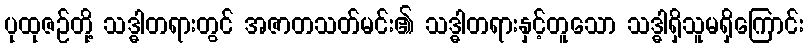
ပုထုဇဉ်တို့ သဒ္ဓါတရားတွင် အဇာတသတ်မင်း၏ သဒ္ဓါတရားနှင့်တူသော သဒ္ဓါရှိသူမရှိကြောင်း